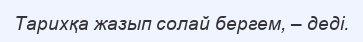
Тарихқа жазып солай бергем, – деді.